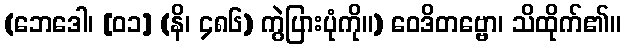
(ဘေဒေါ၊ [၀၁] (နိ၊ ၄၈၆) ကွဲပြားပုံကို။) ဝေဒိတဗ္ဗော၊ သိထိုက်၏။